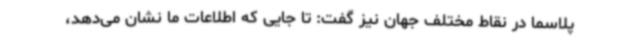
پلاسما در نقاط مختلف جهان نیز گفت: تا جایی که اطلاعات ما نشان می‌دهد،